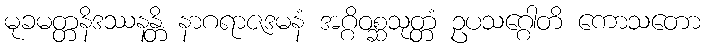
မုခမတ္တနိဒဿနန္တိ နာဂရာဇဒမနံ အဂ္ဂိဝစ္ဆသုတ္တံ ဥပသဂ္ဂေါတိ ကောသတော